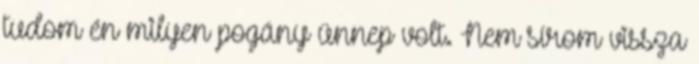
tudom én milyen pogány ünnep volt. Nem sírom vissza